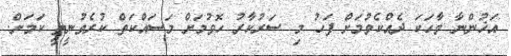
އަޚުންނާ ވާހަކަ ދެއްކެވުމަށް ފަހު މި ސަރުކާރު ހޮވުމަށް މަސައްކަތް ކުރެވުނީތީ ކަމަށް.